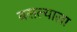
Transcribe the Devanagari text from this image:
बसल्याला